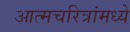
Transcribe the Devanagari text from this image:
आत्मचरित्रांमध्ये